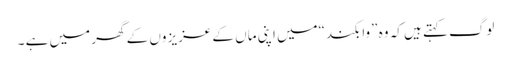
لوگ کہتے ہیں کہ وہ ”وا بکند“میں اپنی ماں کے عزیز وں کے گھر میں ہے ۔